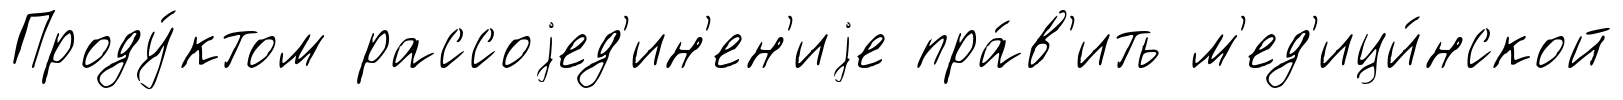
Проду́ктом рассоjед'ин'ен'иjе пра́в'ить м'ед'ици́нской